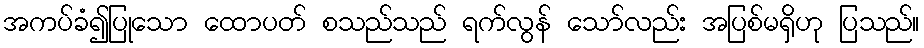
အကပ်ခံ၍ပြုသော ထောပတ် စသည်သည် ရက်လွန် သော်လည်း အပြစ်မရှိဟု ပြသည်။